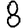
Digit: 8